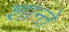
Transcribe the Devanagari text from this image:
शान्ते